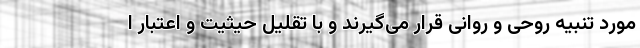
مورد تنبیه روحی و روانی قرار می‌گیرند و با تقلیل حیثیت و اعتبار ا